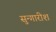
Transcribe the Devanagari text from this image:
सुन्गारीश